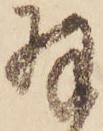
羽